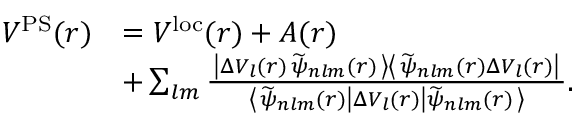
\begin{array} { r l } { V ^ { \mathrm { P S } } ( \boldsymbol { r } ) } & { = V ^ { \mathrm { l o c } } ( r ) + A ( r ) } \\ & { + \sum _ { l m } \frac { \left. \left| \Delta V _ { l } ( r ) \, \widetilde { \psi } _ { n l m } ( \boldsymbol { r } ) \right. \right> \left< \left. \widetilde { \psi } _ { n l m } ( \boldsymbol { r } ) \Delta V _ { l } ( r ) \right| \right. } { \left< \left. \widetilde { \psi } _ { n l m } ( \boldsymbol { r } ) \right| \Delta V _ { l } ( r ) \left| \widetilde { \psi } _ { n l m } ( \boldsymbol { r } ) \right. \right> } . } \end{array}